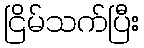
ငြိမ်သက်ပြီး